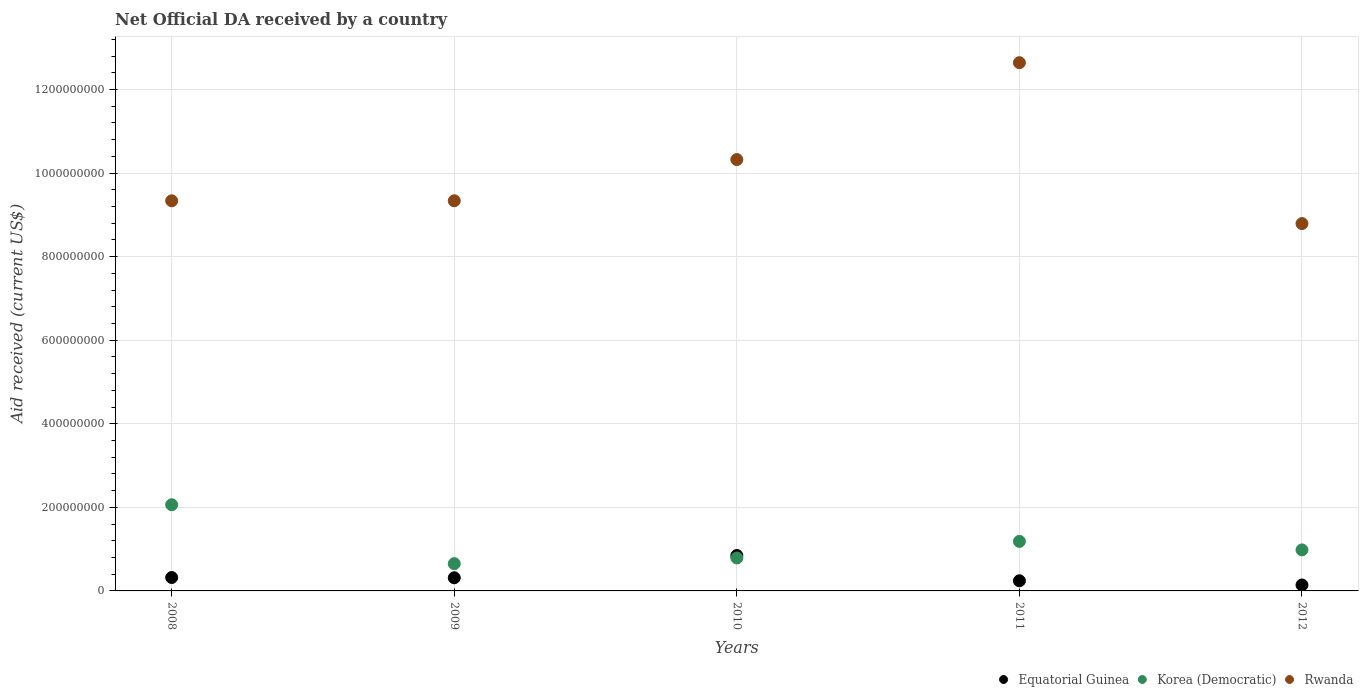
| Years | Equatorial Guinea | Korea (Democratic) | Rwanda |
 | --- | --- | --- | --- |
 | 2008 | 3.21e+07 | 2.06e+08 | 9.34e+08 |
 | 2009 | 3.15e+07 | 6.52e+07 | 9.34e+08 |
 | 2010 | 8.47e+07 | 7.88e+07 | 1.03e+09 |
 | 2011 | 2.43e+07 | 1.19e+08 | 1.26e+09 |
 | 2012 | 1.42e+07 | 9.81e+07 | 8.79e+08 |